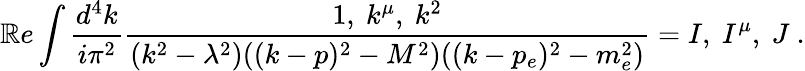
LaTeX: \mathbb{R}e\int\frac{{d^{4}k}}{{i\pi^{2}}}\frac{{1,\ k^{\mu},\ k^{2}}}{{(k^{2}-\lambda^{2})((k-p)^{2}-M^{2})((k-p_{e})^{2}-m_{e}^{2})}}=I,\ I^{\mu},\ J\ .